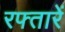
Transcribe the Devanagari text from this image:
रफ्तारें